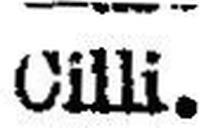
Cilli